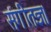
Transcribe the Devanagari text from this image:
संगीतज्ञ।